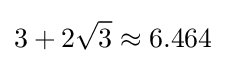
3+2{\sqrt {3}}\approx 6.464